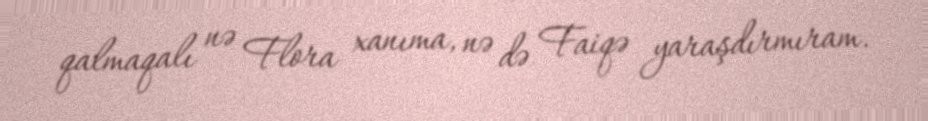
qalmaqalı nə Flora xanıma, nə də Faiqə yaraşdırmıram.